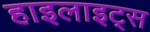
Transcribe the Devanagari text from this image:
हाइलाइट्स